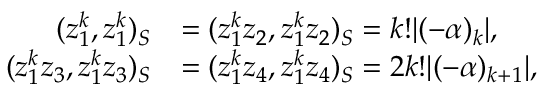
\begin{array} { r l } { ( z _ { 1 } ^ { k } , z _ { 1 } ^ { k } ) _ { S } } & { = ( z _ { 1 } ^ { k } z _ { 2 } , z _ { 1 } ^ { k } z _ { 2 } ) _ { S } = k ! | ( - \alpha ) _ { k } | , } \\ { ( z _ { 1 } ^ { k } z _ { 3 } , z _ { 1 } ^ { k } z _ { 3 } ) _ { S } } & { = ( z _ { 1 } ^ { k } z _ { 4 } , z _ { 1 } ^ { k } z _ { 4 } ) _ { S } = 2 k ! | ( - \alpha ) _ { k + 1 } | , } \end{array}